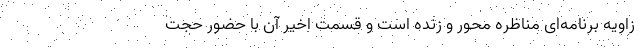
زاویه برنامه‌ای مناظره محور و زنده است و قسمت اخیر آن با حضور حجت